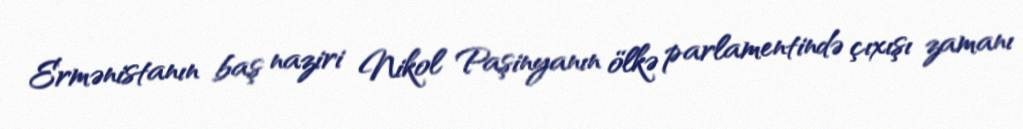
Ermənistanın baş naziri Nikol Paşinyanın ölkə parlamentində çıxışı zamanı